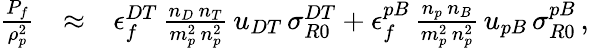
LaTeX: \begin{array}{rlr}{\frac{P_{f}}{\rho_{p}^{2}}}&{\approx}&{\epsilon_{f}^{DT}\, \frac{n_{D}\, n_{T}}{m_{p}^{2}\, n_{p}^{2}}\, u_{DT}\, \sigma_{R0}^{DT}+\epsilon_{f}^{pB}\, \frac{n_{p}\, n_{B}}{m_{p}^{2}\, n_{p}^{2}}\, u_{pB}\, \sigma_{R0}^{pB}\, ,}\end{array}